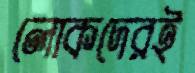
লোকদেরই